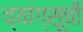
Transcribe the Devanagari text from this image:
च्यांग्सूची